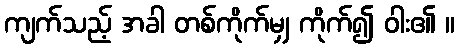
ကျက်သည့် အခါ တစ်ကိုက်မျှ ကိုက်၍ ဝါး၏ ။